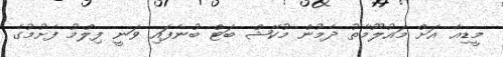
މީޑިއާ އަށް މައުލޫމާތު ދެމުން މުކޭޝް ބަޓް ބުނެފައި ވަނީ ފިލްމު ފެށުމުގެ